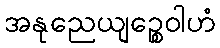
အနုညေယျဉ္စေဝါဟံ